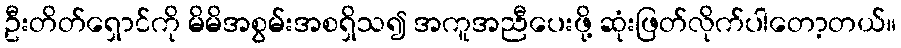
ဦးတိတ်ရှောင်ကို မိမိအစွမ်းအစရှိသ၍ အကူအညီပေးဖို့ ဆုံးဖြတ်လိုက်ပါတော့တယ်။